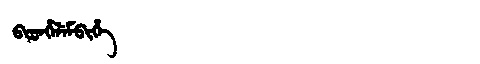
Manchu: ᠪᡳᡨᡥᡝᠯᡝᠮᠪᡳᡥᡝ
Romanization: BITHELEMBIHE